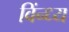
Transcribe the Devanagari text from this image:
विंन्ध्य